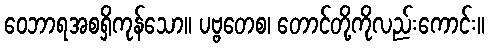
ဝေဘာရအစရှိကုန်သော။ ပဗ္ဗတေစ၊ တောင်တို့ကိုလည်းကောင်း။